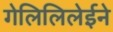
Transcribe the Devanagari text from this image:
गेलिलिलेईने